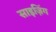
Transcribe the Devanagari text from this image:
साइज़िंग